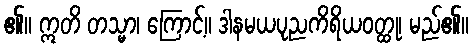
၏။ ဣတိ တသ္မာ၊ ကြောင့်။ ဒါနမယပုညကိရိယဝတ္ထု၊ မည်၏။